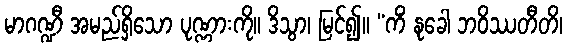
မာဂဏ္ဍီ အမည်ရှိသော ပုဏ္ဏားကို။ ဒိသွာ၊ မြင်၍။ “ကိံ နုခေါ ဘဝိဿတီတိ၊